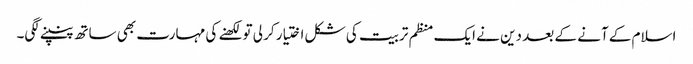
اسلام کے آنے کے بعد دین نے ایک منظم تربیت کی شکل اختیار کر لی تو لکھنے کی مہارت بھی ساتھ پنپنے لگی۔